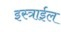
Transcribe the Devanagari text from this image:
इस्त्राईल